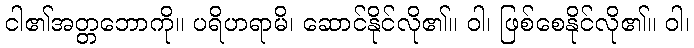
ငါ၏အတ္တဘောကို။ ပရိဟရာမိ၊ ဆောင်နိုင်လို၏။ ဝါ၊ ဖြစ်စေနိုင်လို၏။ ဝါ၊